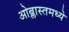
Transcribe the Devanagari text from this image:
ओब्लास्तमध्ये